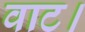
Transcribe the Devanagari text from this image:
वाट।